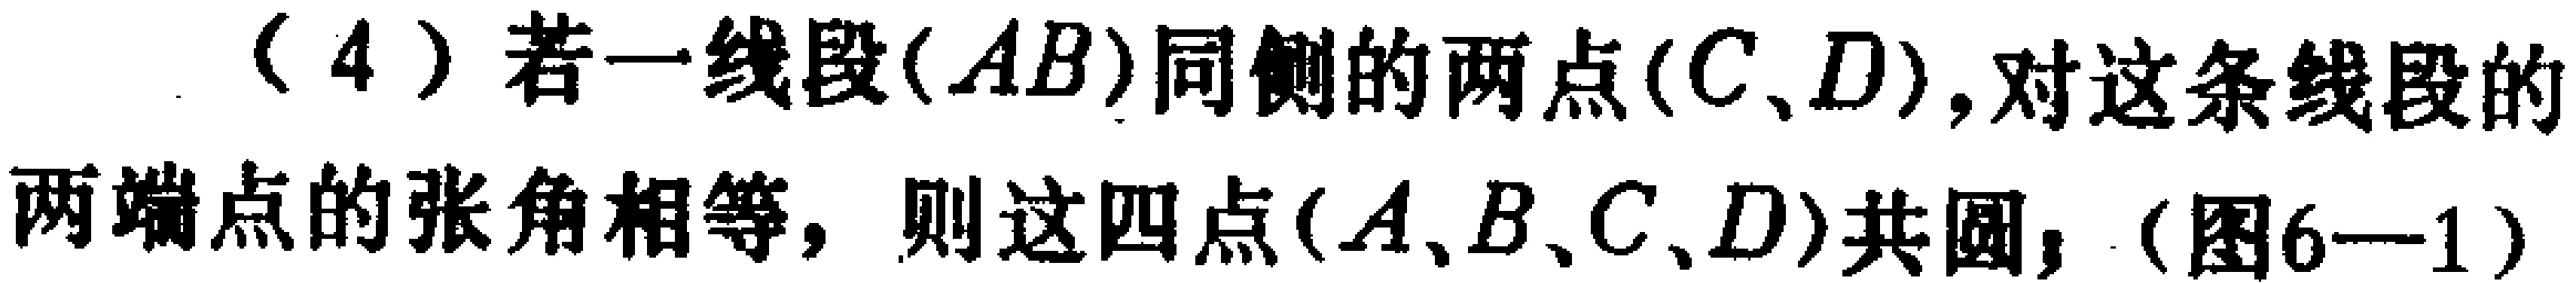
（4）若一线段（\(AB\)）同侧的两点（\(C、D\)），对这条线段的两端点的张角相等，则这四点（\(A、B、C、D\)）共圆，（图6—1）